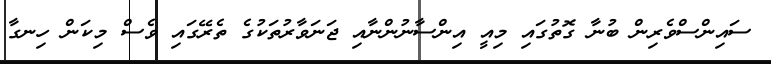
ސައިންސްވެރިން ބުނާ ގޮތުުގައި މިއީ އިންސާނުންނާއި ޖަނަވާރުުތަކުގެ ތެރޭގައި ވެސް މިކަން ހިނގާ